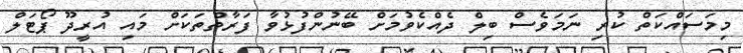
މިމަސައްކަތް ކުރި ނަމަވެސް ބިލް ދެއްކެވުމަށް ބޭނުންފުޅުވާ ފަރާތްތަކަށް މައި އުރީދޫ ޕޯޓަލް